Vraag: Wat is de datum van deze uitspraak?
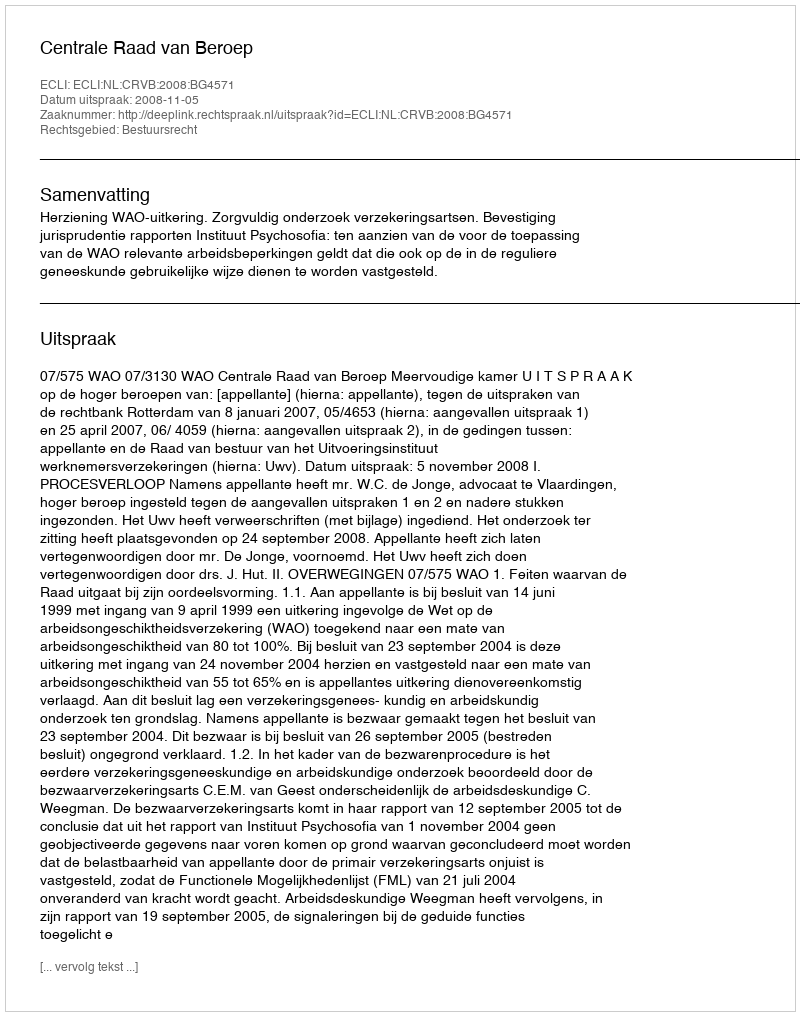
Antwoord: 2008-11-05